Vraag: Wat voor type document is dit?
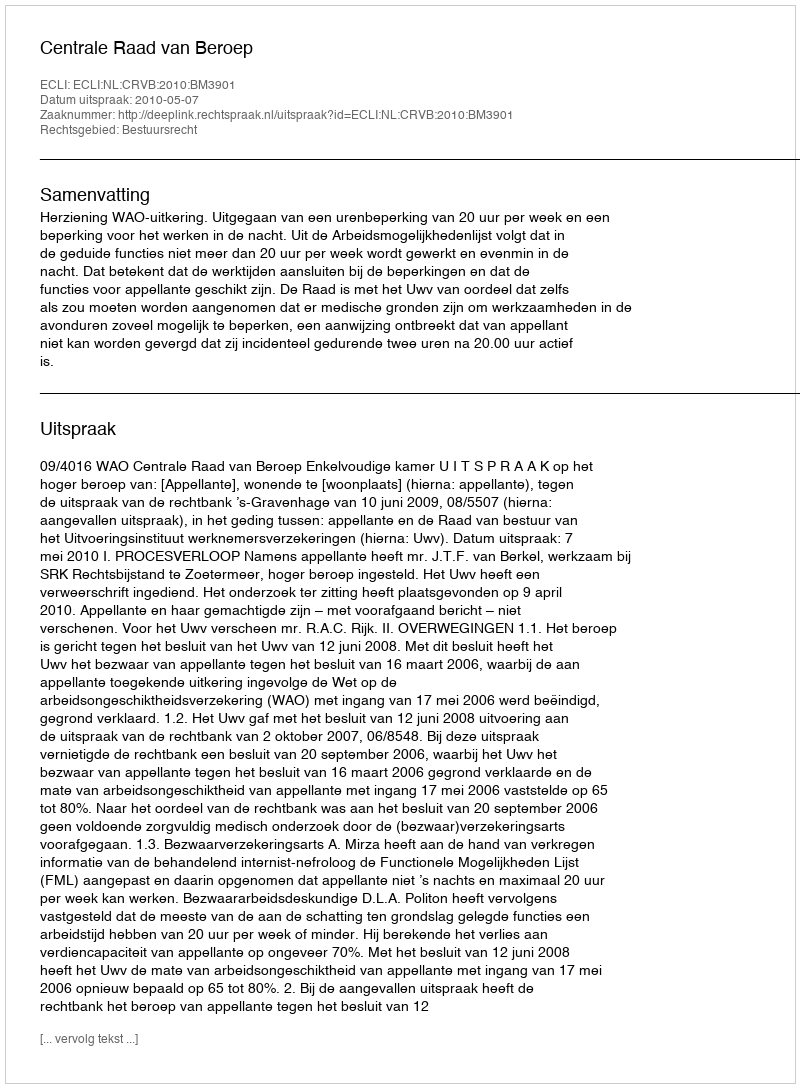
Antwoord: Uitspraak